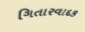
ગિતારવાદક